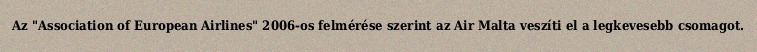
Az "Association of European Airlines" 2006-os felmérése szerint az Air Malta veszíti el a legkevesebb csomagot.